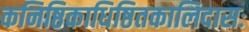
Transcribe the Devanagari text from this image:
कनिष्ठिकाधिष्ठितकालिदासः